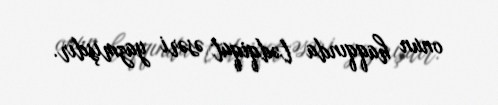
onun haqqında tədqiqat əsəri yazmışdır.